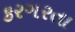
કરગરતા